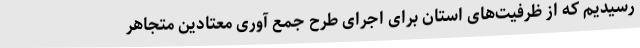
رسیدیم که از ظرفیت‌های استان برای اجرای طرح جمع آوری معتادین متجاهر